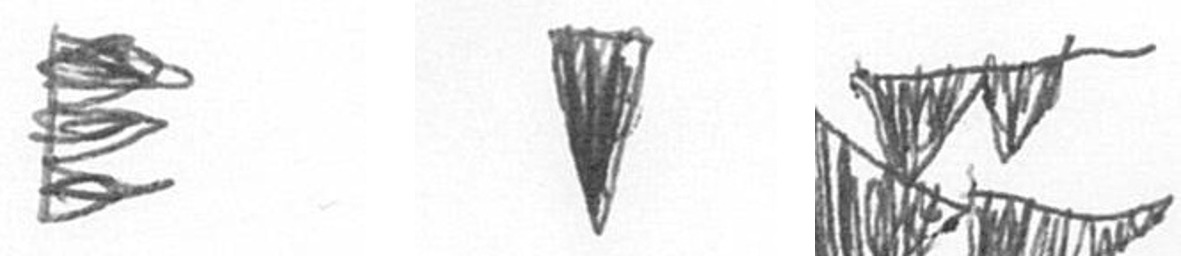
H J B